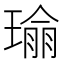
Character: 𪼔